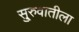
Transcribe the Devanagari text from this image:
सु्रुवातीला